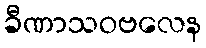
ခီဏာသဝဗလေန